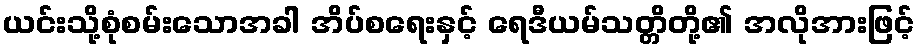
ယင်းသို့စုံစမ်းသောအခါ အိပ်စရေးနှင့် ရေဒီယမ်သတ္တိတို့၏ အလိုအားဖြင့်